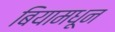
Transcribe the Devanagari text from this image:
बियामधून